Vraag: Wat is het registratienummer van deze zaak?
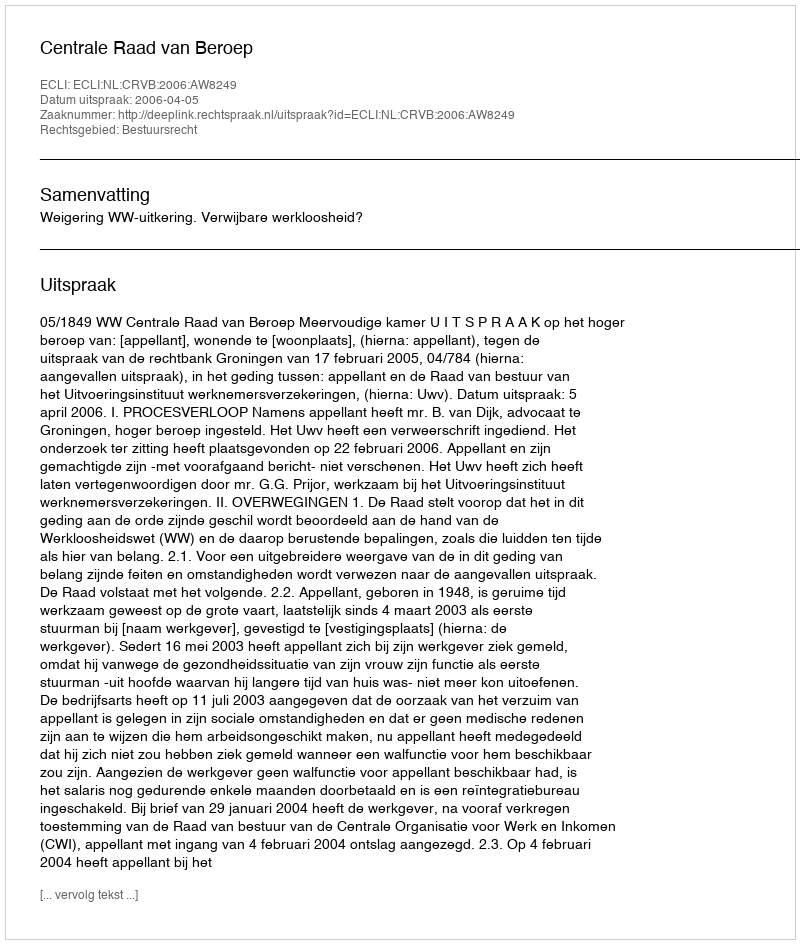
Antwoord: http://deeplink.rechtspraak.nl/uitspraak?id=ECLI:NL:CRVB:2006:AW8249